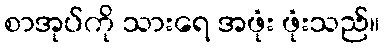
စာအုပ်ကို သားရေ အဖုံး ဖုံးသည်။